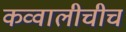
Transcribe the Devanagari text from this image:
कव्वालीचीच